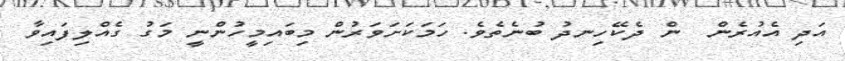
އަދި އެއުރެން  ން ދެކޭހިނދު ބުނެތެވެ. ހަމަކަށަވަރުން މިބައިމީހުންނީ މަގު ގެއްލިފައިވާ